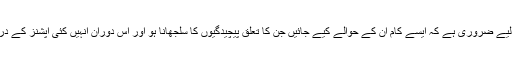
‘‘بچوں کی قوت فیصلہ کو بہتر بنانے کے لیے ضروری ہے کہ ایسے کام ان کے حوالے کیے جائیں جن کا تعلق پیچیدگیوں کا سلجھانا ہو اور اس دوران انہیں کئی آپشنز کے درمیان فیصلہ کرنے کی ضرورت پیش آئے۔